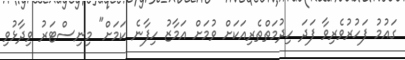
ގައުމު ފަހުރުވެރިވާ ފަދަ ހިދުމަތްތެރިއަކަށް ވުމަށް އަމާޒު ހިފާނެ ކަމަށް" މިނިސްޓަރު ވިދާޅުވި